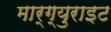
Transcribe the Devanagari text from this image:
मार्ग्युराइट